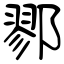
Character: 鄝